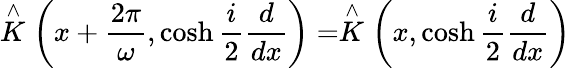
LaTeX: \stackrel{\wedge}{K}\left(x+\frac{2\pi}{\omega},\cosh\frac{i}{2}\frac{d}{dx}\right)=\stackrel{\wedge}{K}\left(x,\cosh\frac{i}{2}\frac{d}{dx}\right)